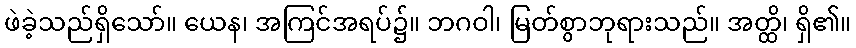
ဖဲခဲ့သည်ရှိသော်။ ယေန၊ အကြင်အရပ်၌။ ဘဂဝါ၊ မြတ်စွာဘုရားသည်။ အတ္ထိ၊ ရှိ၏။